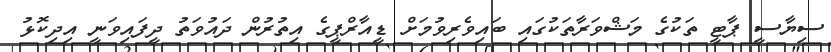
ސިޔާސީ ޕާޓީ ތަކުގެ މަޝްވަރާތަކުގައި ބައިވެރިވުމަށް ޑީއާރްޕީގެ އިތުރުން ދައުވަތު ދީފައިވަނީ އިދިކޮޅު